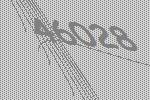
46028